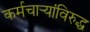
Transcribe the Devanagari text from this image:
कर्मचार्‍यांविरुद्ध